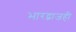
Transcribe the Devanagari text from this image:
भारद्वाजही